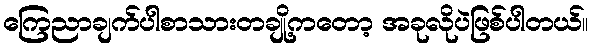
ကြေညာချက်ပါစာသားတချို့ကတော့ အခုလိုပဲဖြစ်ပါတယ်။